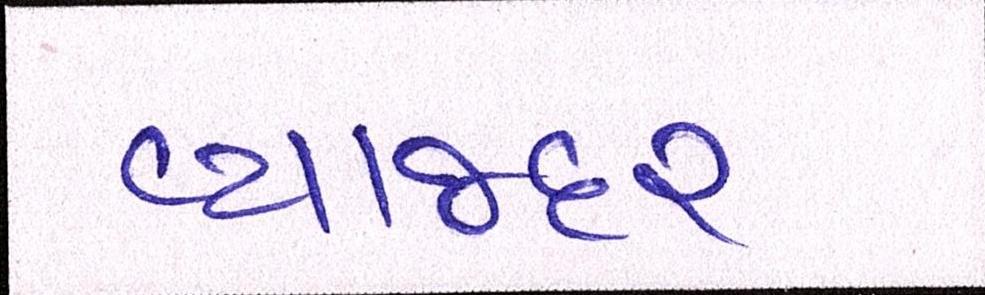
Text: વ્યાજદર